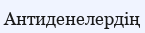
Антиденелердің